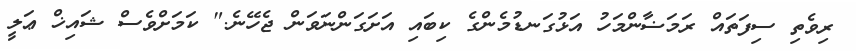
ރިވެތި ސިފަތައް ރަމަޟާންމަހު އަޅުގަނޑުމެންގެ ކިބައި އަށަގަންނަވަން ޖެހޭނެ." ކަމަށްވެސް ޝައިޚް ޢަލީ